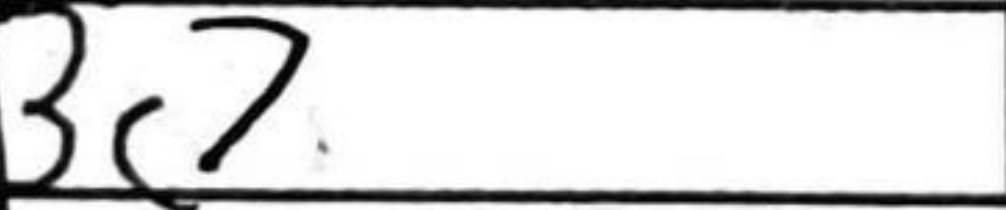
Transcription: Bc7